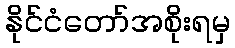
နိုင်ငံတော်အစိုးရမှ